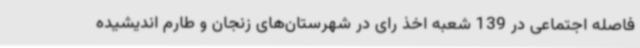
فاصله اجتماعی در 139 شعبه اخذ رای در شهرستان‌های زنجان و طارم اندیشیده